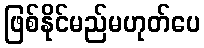
ဖြစ်နိုင်မည်မဟုတ်ပေ